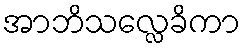
အာဘိသလ္လေခိကာ